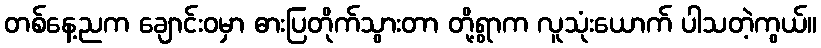
တစ်နေ့ညက ချောင်းဝမှာ ဓားပြတိုက်သွားတာ တို့ရွာက လူသုံးယောက် ပါသတဲ့ကွယ်။